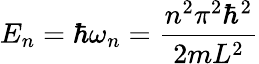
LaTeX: E_{n}=\hbar\omega_{n}={\frac{n^{2}\pi^{2}\hbar^{2}}{2mL^{2}}}